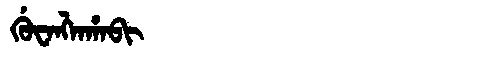
Manchu: ᡤᡠᠸᠠᠩᠯᠠᡥᠠᠪᡳ
Romanization: GUWANGLAHABI